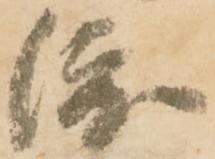
渡